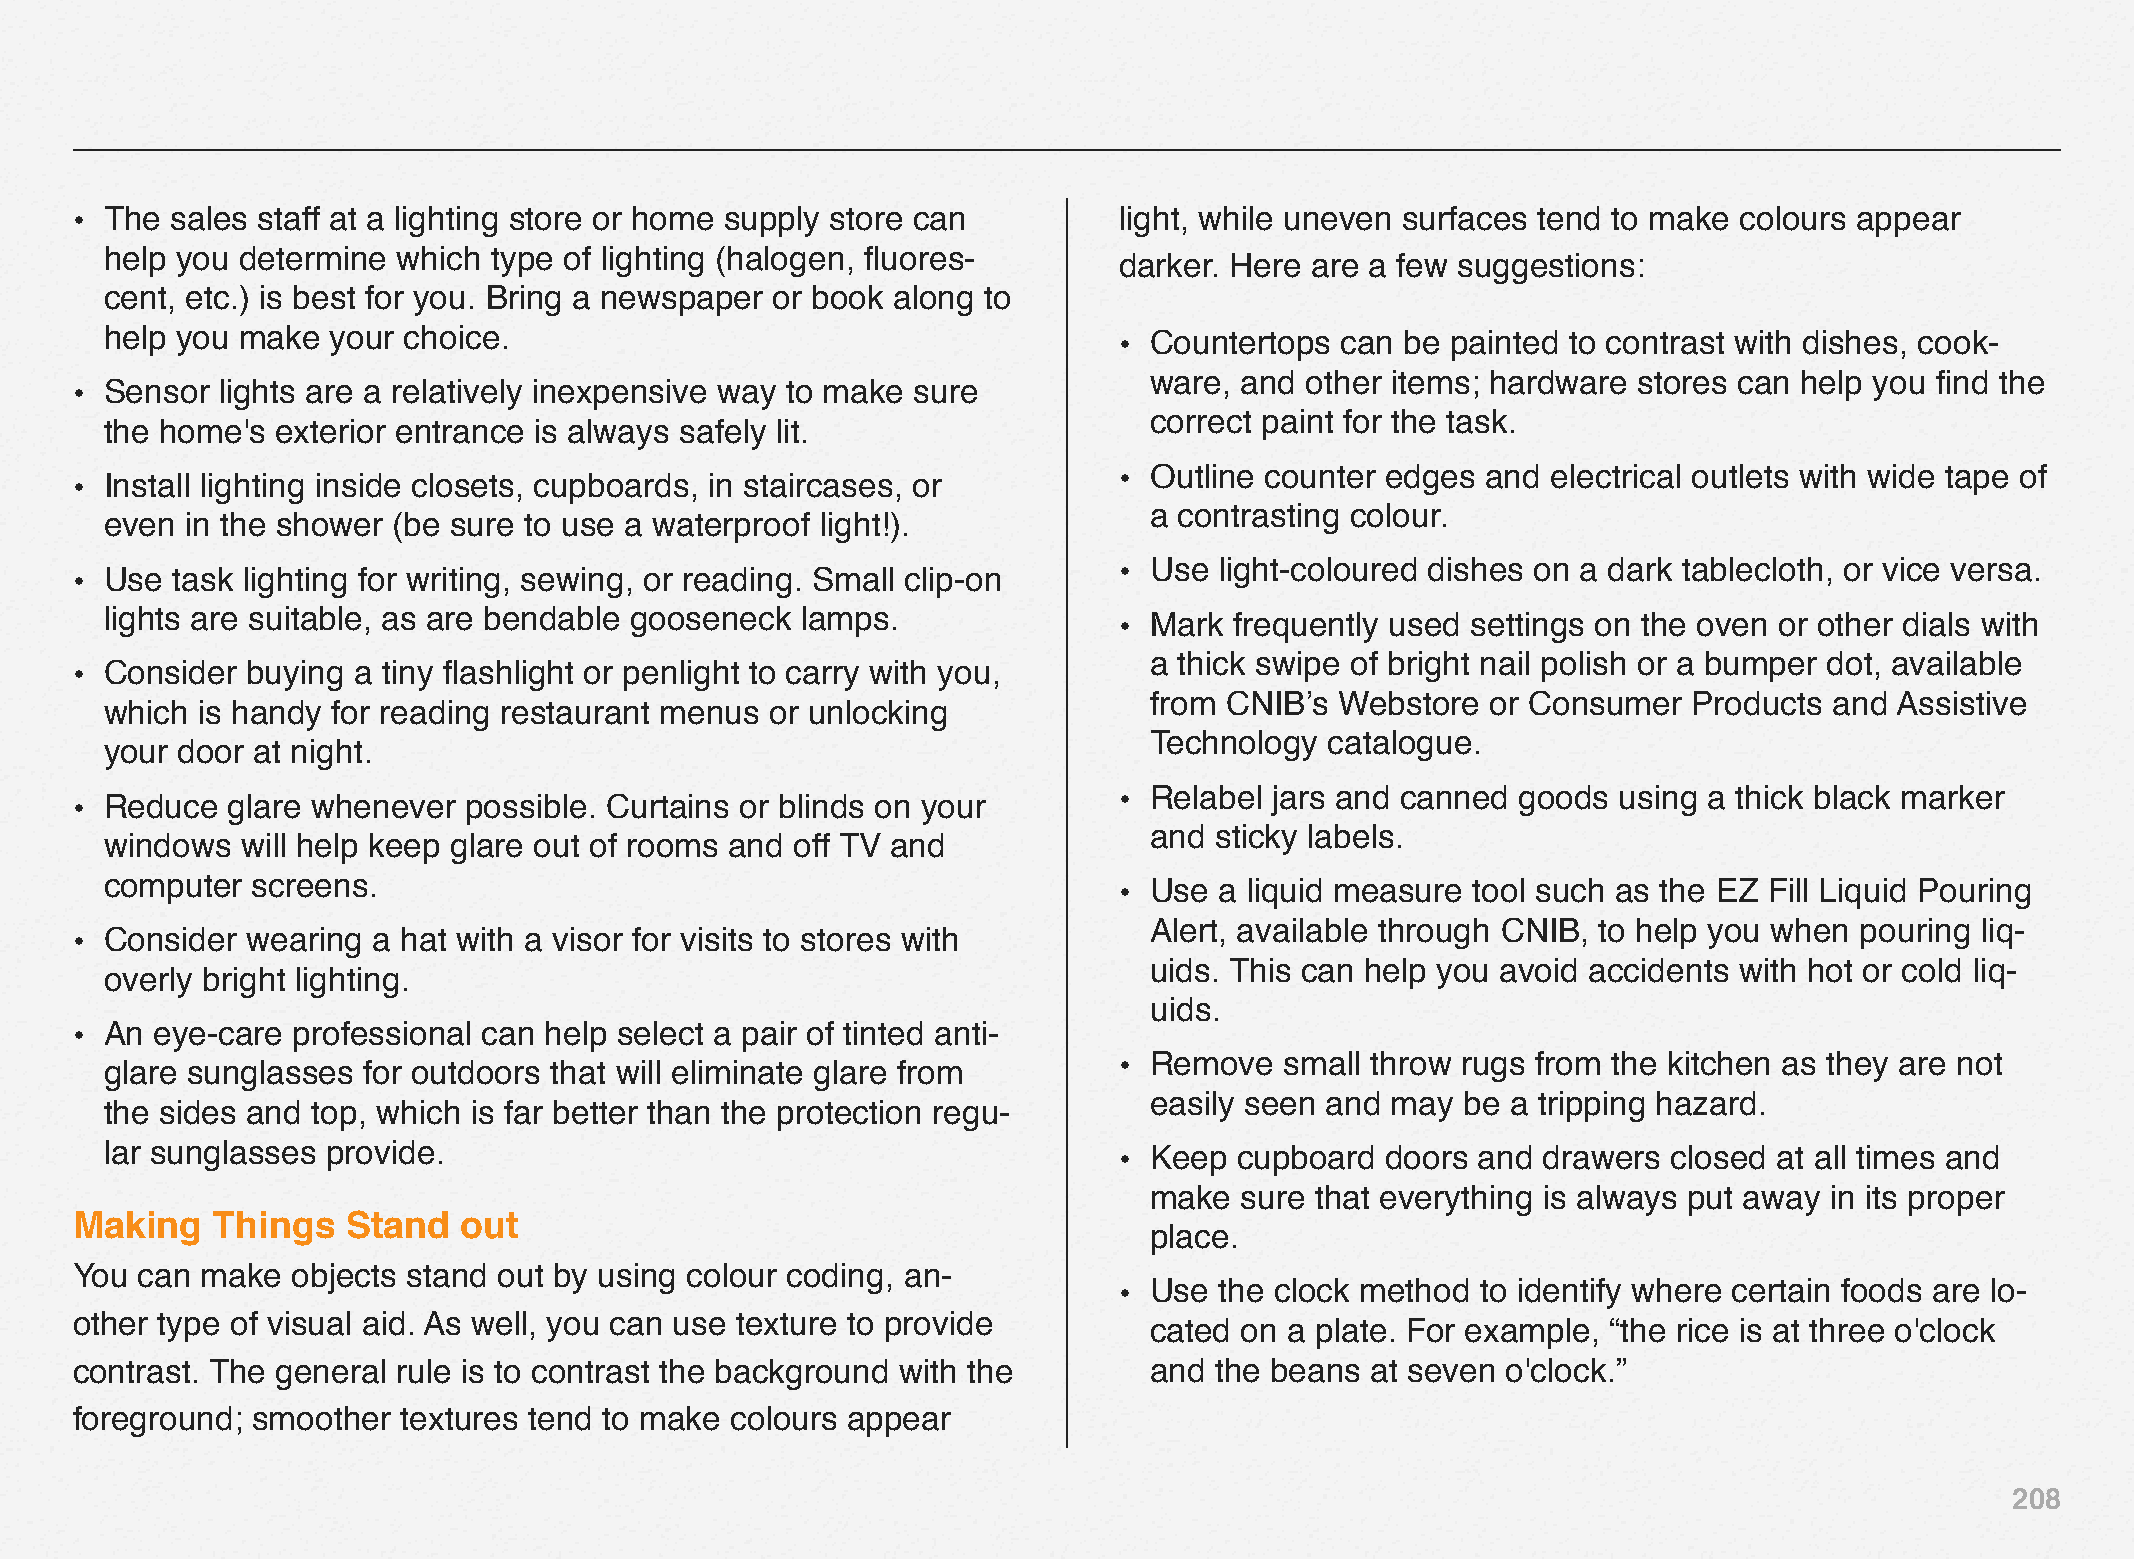
• The sales staff at a lighting store or home supply store can       light, while uneven surfaces tend to make colours appear
 help you determine which  type of lighting (halogen, fluores-
 darker. Here are a few suggestions:
 cent, etc.) is best for you. Bring a newspaper or book along to
 help you make  your choice.                                        • Countertops  can be painted to contrast with dishes, cook-
 ware, and other items; hardware stores can help you find the
 • Sensor  lights are a relatively inexpensive way to make sure
 correct paint for the task.
 the home's exterior entrance is always safely lit.
 • Outline counter edges and  electrical outlets with wide tape of
 • Install lighting inside closets, cupboards, in staircases, or
 a contrasting colour.
 even in the shower (be sure to use a waterproof light!).
 • Use  light-coloured dishes on a dark tablecloth, or vice versa.
 • Use task lighting for writing, sewing, or reading. Small clip-on
 lights are suitable, as are bendable gooseneck lamps.              • Mark  frequently used settings on the oven or other dials with
 a thick swipe of bright nail polish or a bumper dot, available
 • Consider buying a tiny flashlight or penlight to carry with you,
 from CNIB’s  Webstore  or Consumer  Products and Assistive
 which is handy for reading restaurant menus or unlocking
 Technology  catalogue.
 your door at night.
 • Relabel jars and canned  goods using a thick black marker
 • Reduce  glare whenever  possible. Curtains or blinds on your
 and sticky labels.
 windows  will help keep glare out of rooms and off TV and
 computer  screens.                                                 • Use  a liquid measure tool such as the EZ Fill Liquid Pouring
 Alert, available through CNIB, to help you when pouring liq-
 • Consider wearing  a hat with a visor for visits to stores with
 uids. This can help you avoid accidents with hot or cold liq-
 overly bright lighting.
 uids.
 • An eye-care professional can help select a pair of tinted anti-
 • Remove   small throw rugs from the kitchen as they are not
 glare sunglasses for outdoors that will eliminate glare from
 easily seen and may  be a tripping hazard.
 the sides and top, which is far better than the protection regu-
 lar sunglasses provide.                                            • Keep  cupboard  doors and drawers  closed at all times and
 make  sure that everything is always put away in its proper
 Making   Things   Stand  out
 place.
 You can make  objects stand out by using colour coding, an-
 • Use  the clock method to identify where certain foods are lo-
 other type of visual aid. As well, you can use texture to provide
 cated on a plate. For example, “the rice is at three o'clock
 contrast. The general rule is to contrast the background with the      and the beans  at seven o'clock.”
 foreground; smoother  textures tend to make colours appear
 208